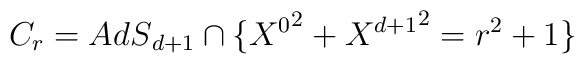
C_{r}=  {AdS}_{d+1} \cap  \{{X^0}^2+{X^{d+1}}^2  = r^2 + 1\}